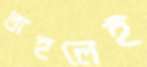
তাহলেই